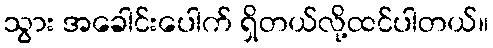
သွား အခေါင်းပေါက် ရှိတယ်လို့ထင်ပါတယ်။